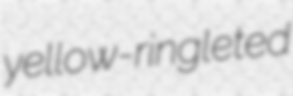
yellow-ringleted